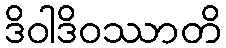
ဒိဝါဒိဝဿာတိ